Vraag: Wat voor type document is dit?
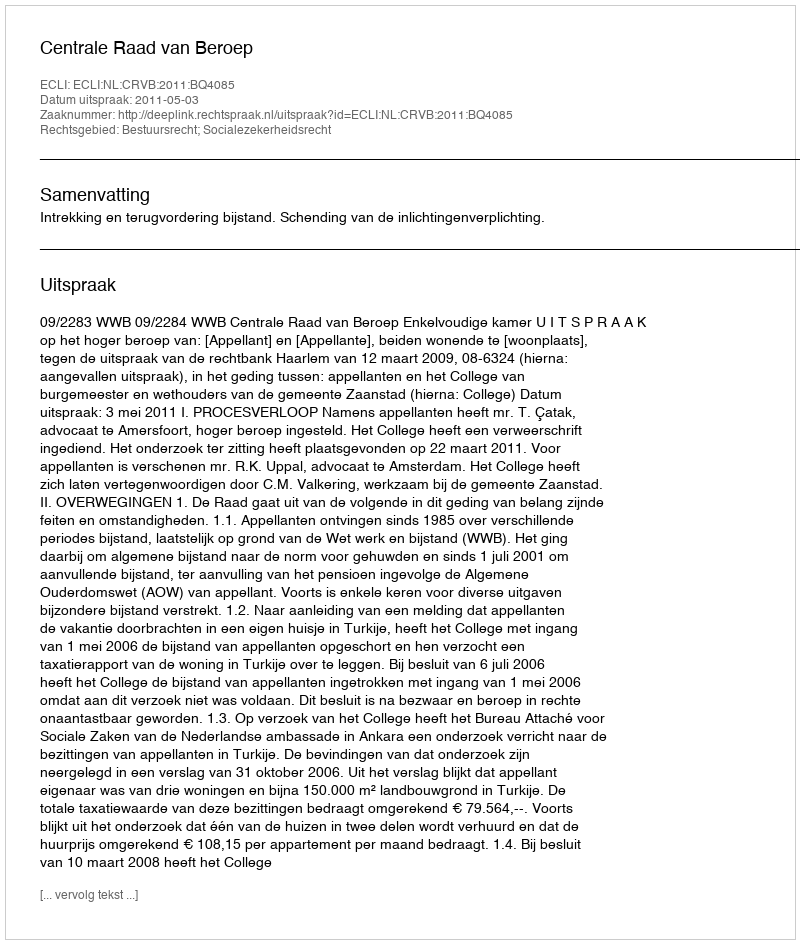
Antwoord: Uitspraak